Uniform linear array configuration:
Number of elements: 4
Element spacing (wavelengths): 0.25
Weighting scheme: exponential
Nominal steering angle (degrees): -45
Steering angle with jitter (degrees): -43.867
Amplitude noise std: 0.05
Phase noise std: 0.05

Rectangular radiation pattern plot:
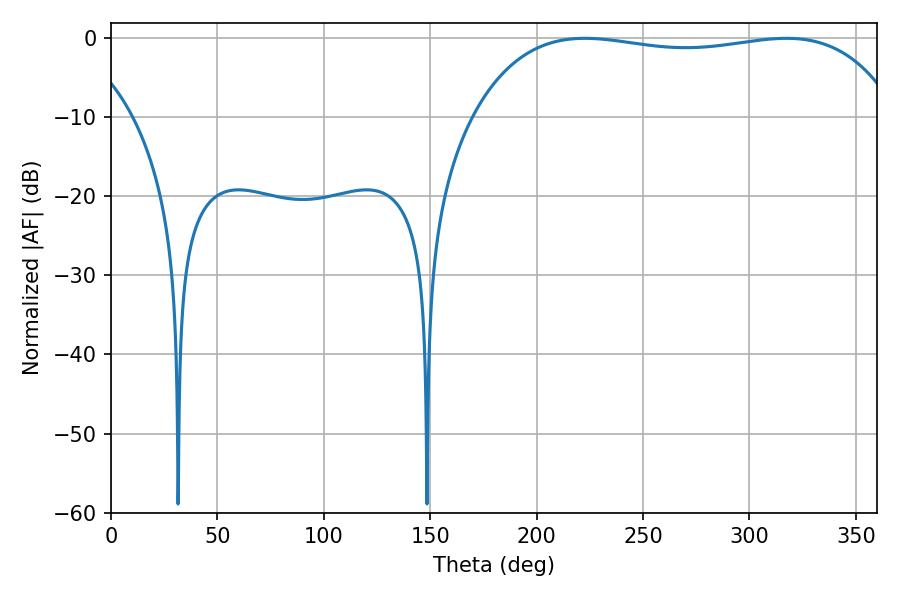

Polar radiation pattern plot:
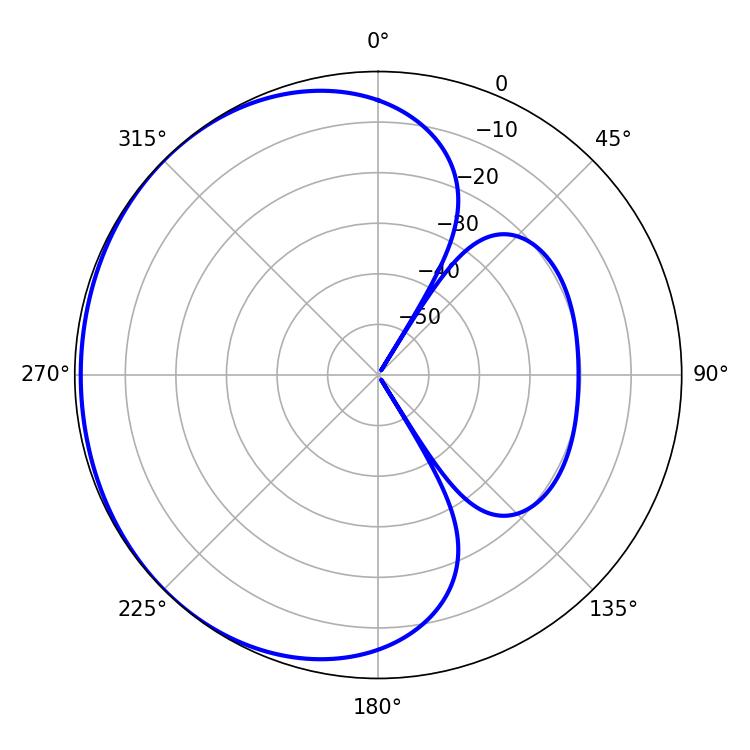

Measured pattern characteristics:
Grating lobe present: FALSE
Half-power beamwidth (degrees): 160.2
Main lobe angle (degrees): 222.66